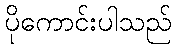
ပိုကောင်းပါသည်